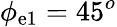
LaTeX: \phi_{\mathrm{e}1}=45^{o}